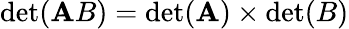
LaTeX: \operatorname*{det}(\mathbf{A}B)=\operatorname*{det}(\mathbf{A})\times\operatorname*{det}(B)